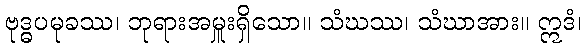
ဗုဒ္ဓပမုခဿ၊ ဘုရားအမှူးရှိသော။ သံဃဿ၊ သံဃာအား။ ဣဒံ၊